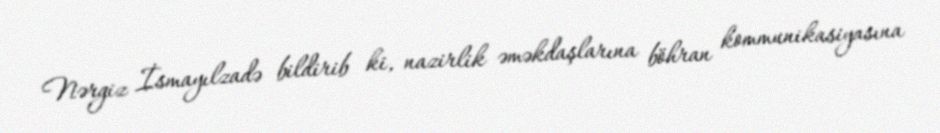
Nərgiz İsmayılzadə bildirib ki, nazirlik əməkdaşlarına böhran kommunikasiyasına